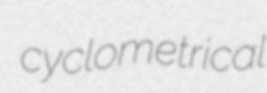
cyclometrical